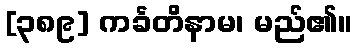
[၃၈၉] ကင်္ခတိနာမ၊ မည်၏။